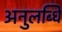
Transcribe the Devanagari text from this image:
अनुलब्धि